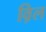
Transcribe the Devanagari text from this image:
व़िल